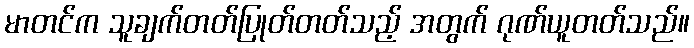
မာတင်က သူချက်တတ်ပြုတ်တတ်သည့် အတွက် ဂုဏ်ယူတတ်သည်။